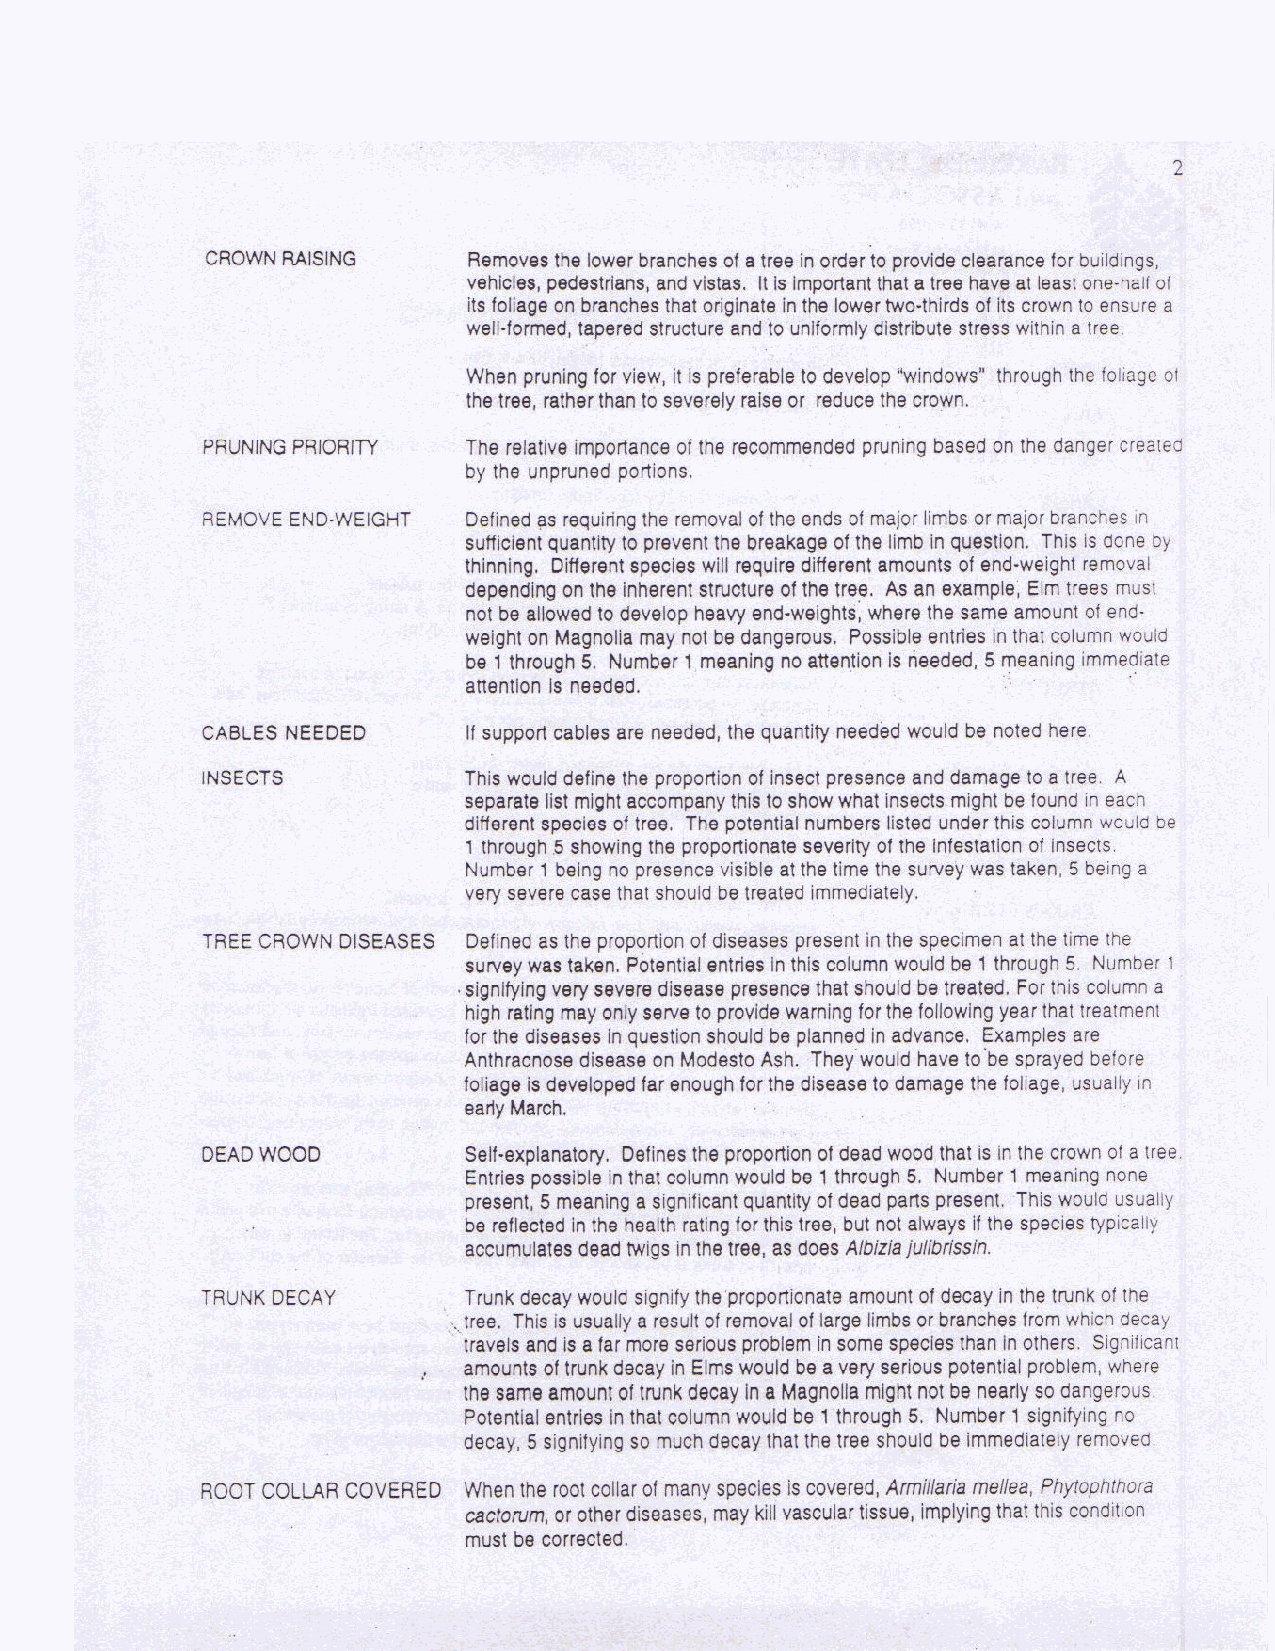
Historic Structure Report                    Anna Head School, UC Berkeley
 June 2008                 Knapp Architects